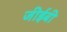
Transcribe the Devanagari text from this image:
जीईबी